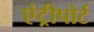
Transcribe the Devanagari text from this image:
एंट्रीपोर्ट